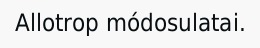
Allotrop módosulatai.